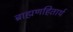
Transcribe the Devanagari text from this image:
ब्राह्मणहितार्थ